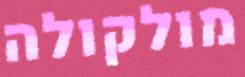
מולקולה